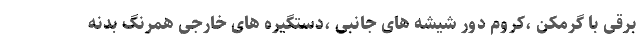
برقی با گرمکن ،کروم دور شیشه های جانبی ،دستگیره های خارجی همرنگ بدنه